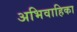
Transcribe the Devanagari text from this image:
अभिवाहिका